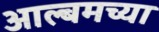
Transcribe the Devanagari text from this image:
आल्बमच्या